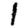
Digit: 1